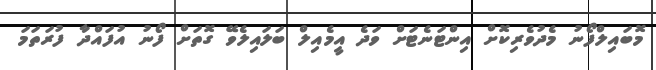
މޮބައިލްފޯނު މެދުވެރިކޮށް އިންޓަނެޓަށް ވަދެ އީމެއިލް ބަލައިލެވޭ ގޮތަށް ފޯނު އުފައްދާ ފުރަތަމަ